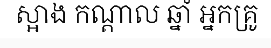
ស្អាង កណ្តាល ឆ្នាំ អ្នកគ្រូ